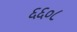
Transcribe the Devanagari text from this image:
६६०८